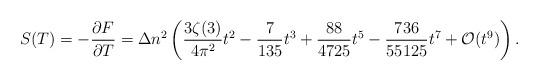
LaTeX: \begin{align*}S(T)=-\frac{\partial F}{\partial T}=\Delta n^2\left (\frac{3\zeta (3)}{4\pi ^2}t^2-\frac{7}{135}t^3+\frac{88}{4725}t^5- \frac{736}{55125}t^7+ {\cal O}(t^9)\right ){.}\end{align*}